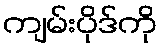
ကျမ်းပိုဒ်ကို